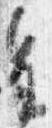
皇